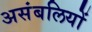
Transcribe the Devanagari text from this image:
असंबलियों